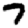
Digit: 7